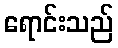
ရောင်းသည်